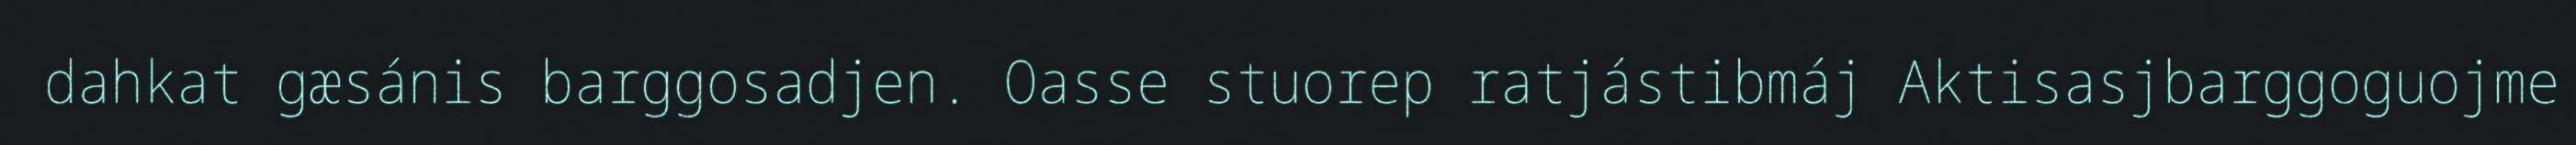
dahkat gæsánis barggosadjen. Oasse stuorep ratjástibmáj Aktisasjbarggoguojme